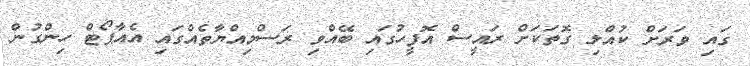
ގައި ވަރަށް ކުއްލި ގޮތަކަށް ރައީސް އޮފީހުގައި ބޭއްވި ރަސްމިއްޔާތެއްގައި އެއާޕޯޓް ހިންގުން